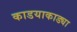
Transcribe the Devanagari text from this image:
काडयाकाड्या